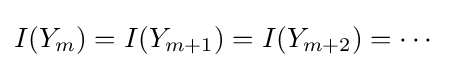
I(Y_{m})=I(Y_{m+1})=I(Y_{m+2})=\cdots